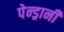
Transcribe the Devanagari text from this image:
पेन्ड्रानी